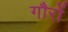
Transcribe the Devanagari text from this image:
गौरों